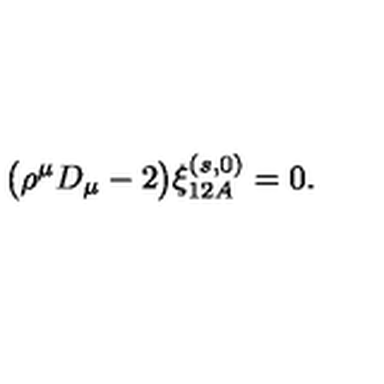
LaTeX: \bigl ( \rho ^ { \mu } D _ { \mu } - 2 \bigr ) \xi _ { 1 2 A } ^ { ( s , 0 ) } = 0 .